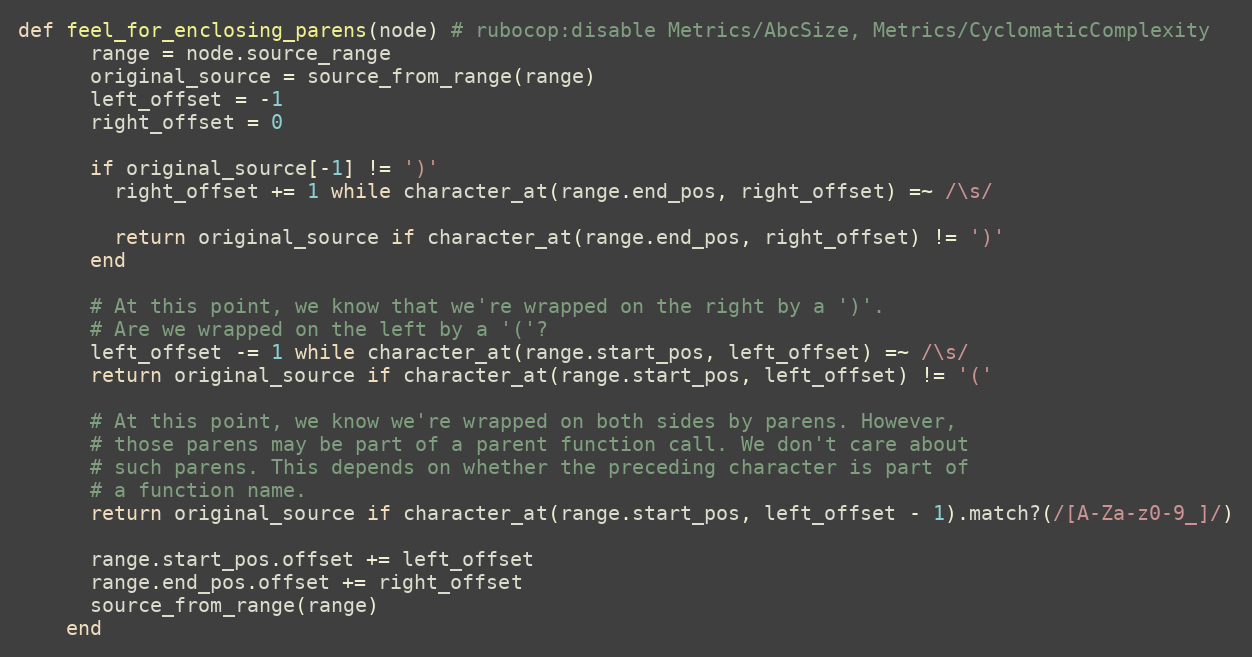
Language: Ruby
def feel_for_enclosing_parens(node) # rubocop:disable Metrics/AbcSize, Metrics/CyclomaticComplexity
      range = node.source_range
      original_source = source_from_range(range)
      left_offset = -1
      right_offset = 0

      if original_source[-1] != ')'
        right_offset += 1 while character_at(range.end_pos, right_offset) =~ /\s/

        return original_source if character_at(range.end_pos, right_offset) != ')'
      end

      # At this point, we know that we're wrapped on the right by a ')'.
      # Are we wrapped on the left by a '('?
      left_offset -= 1 while character_at(range.start_pos, left_offset) =~ /\s/
      return original_source if character_at(range.start_pos, left_offset) != '('

      # At this point, we know we're wrapped on both sides by parens. However,
      # those parens may be part of a parent function call. We don't care about
      # such parens. This depends on whether the preceding character is part of
      # a function name.
      return original_source if character_at(range.start_pos, left_offset - 1).match?(/[A-Za-z0-9_]/)

      range.start_pos.offset += left_offset
      range.end_pos.offset += right_offset
      source_from_range(range)
    end